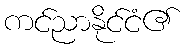
ကင်ညာနိုင်ငံ၏